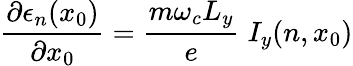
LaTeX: \frac{\partial\epsilon_{n}(x_{0})}{\partial x_{0}}=\frac{m\omega_{c}L_{y}}{e}\; I_{y}(n,x_{0})